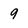
Character: 9